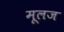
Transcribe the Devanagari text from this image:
मूलज